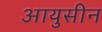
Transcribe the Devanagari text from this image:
आयुसीन